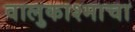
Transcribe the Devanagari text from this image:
वालुकाश्माचा